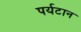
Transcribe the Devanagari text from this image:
पर्यटान